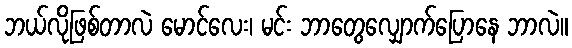
ဘယ်လိုဖြစ်တာလဲ မောင်လေး၊ မင်း ဘာတွေလျှောက်ပြောနေ ဘာလဲ။